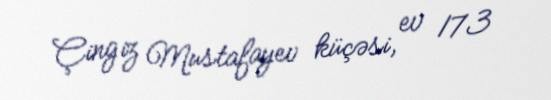
Çingiz Mustafayev küçəsi, ev 173